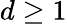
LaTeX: d\geq 1